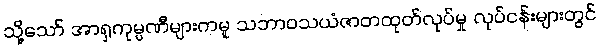
သို့သော် အာရှကုမ္ပဏီများကမူ သဘာဝသယံဇာတထုတ်လုပ်မှု လုပ်ငန်းများတွင်